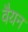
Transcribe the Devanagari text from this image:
वैयन